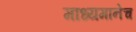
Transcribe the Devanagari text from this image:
माध्यमानेच